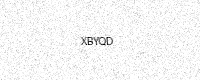
Text: XBYQD